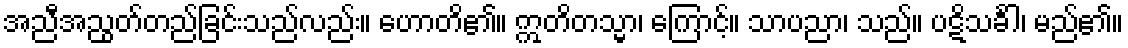
အညီအညွတ်တည်ခြင်းသည်လည်း။ ဟောတိ၏။ ဣတိတသ္မာ၊ ကြောင့်။ သာပညာ၊ သည်။ ပဋိသင်္ခါ၊ မည်၏။